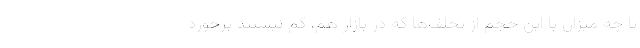
تا چه میزان با این حجم از تخلف‌ها که در بازار هم، کم نیستند برخورد